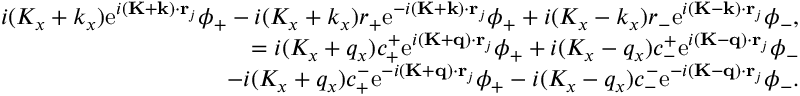
\begin{array} { r } { i ( K _ { x } + k _ { x } ) \mathrm { e } ^ { i ( \mathbf { K } + \mathbf { k } ) \cdot \mathbf { r } _ { j } } \phi _ { + } - i ( K _ { x } + k _ { x } ) r _ { + } \mathrm { e } ^ { - i ( \mathbf { K } + \mathbf { k } ) \cdot \mathbf { r } _ { j } } \phi _ { + } + i ( K _ { x } - k _ { x } ) r _ { - } \mathrm { e } ^ { i ( \mathbf { K } - \mathbf { k } ) \cdot \mathbf { r } _ { j } } \phi _ { - } , } \\ { = i ( K _ { x } + q _ { x } ) c _ { + } ^ { + } \mathrm { e } ^ { i ( \mathbf { K } + \mathbf { q } ) \cdot \mathbf { r } _ { j } } \phi _ { + } + i ( K _ { x } - q _ { x } ) c _ { - } ^ { + } \mathrm { e } ^ { i ( \mathbf { K } - \mathbf { q } ) \cdot \mathbf { r } _ { j } } \phi _ { - } } \\ { - i ( K _ { x } + q _ { x } ) c _ { + } ^ { - } \mathrm { e } ^ { - i ( \mathbf { K } + \mathbf { q } ) \cdot \mathbf { r } _ { j } } \phi _ { + } - i ( K _ { x } - q _ { x } ) c _ { - } ^ { - } \mathrm { e } ^ { - i ( \mathbf { K } - \mathbf { q } ) \cdot \mathbf { r } _ { j } } \phi _ { - } . } \end{array}